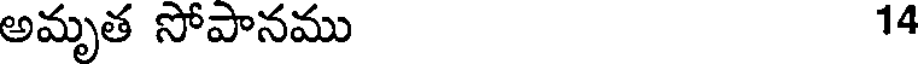
అమృత సోపానము 14